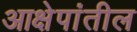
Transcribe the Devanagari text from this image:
आक्षेपांतील